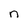
Character: n